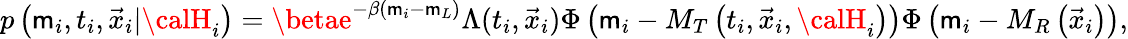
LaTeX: p\left(\mathsf{m}_{i},t_{i},\vec{{x}}_{i}\vert{\calH}_{i}\right)=\betae^{-\beta(\mathsf{m}_{i}-\mathsf{m}_{L})}\Lambda(t_{i},\vec{{x}}_{i})\Phi\left(\mathsf{m}_{i}-M_{T}\left(t_{i},\vec{{x}}_{i},{\calH}_{i}\right)\right)\Phi\left(\mathsf{m}_{i}-M_{R}\left(\vec{{x}}_{i}\right)\right),